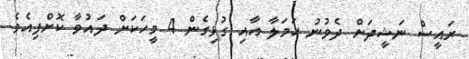
ރައީސް ނަޝީދަށް ދެވުނު ހަމަލާ އާއި ގުޅިގެން 4 މީހަކަށް ދައުވާ ކޮށްފިއެވެ.